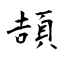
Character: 頡